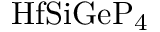
\mathrm { H f S i G e P _ { 4 } }